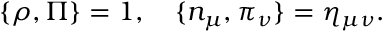
\{ \rho , \Pi \} = 1 , \quad \{ n _ { \mu } , \pi _ { \nu } \} = \eta _ { \mu \nu } .